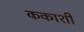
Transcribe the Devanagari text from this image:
ककाशी